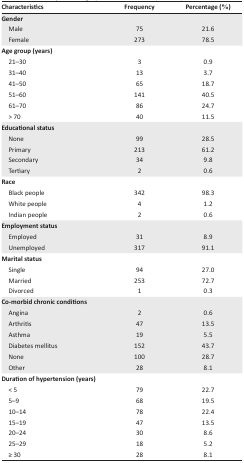
| Characteristics | Frequency | Percentage (%) |
 | --- | --- | --- |
 | <COLSPAN=3> Gender |
 | Male | 75 | 21.6 |
 | Female | 273 | 78.5 |
 | <COLSPAN=3> Age group (years) |
 | 21–30 | 3 | 0.9 |
 | 31–40 | 13 | 3.7 |
 | 41–50 | 65 | 18.7 |
 | 51–60 | 141 | 40.5 |
 | 61–70 | 86 | 24.7 |
 | > 70 | 40 | 11.5 |
 | <COLSPAN=3> Educational status |
 | None | 99 | 28.5 |
 | Primary | 213 | 61.2 |
 | Secondary | 34 | 9.8 |
 | Tertiary | 2 | 0.6 |
 | <COLSPAN=3> Race |
 | Black people | 342 | 98.3 |
 | White people | 4 | 1.2 |
 | Indian people | 2 | 0.6 |
 | <COLSPAN=3> Employment status |
 | Employed | 31 | 8.9 |
 | Unemployed | 317 | 91.1 |
 | <COLSPAN=3> Marital status |
 | Single | 94 | 27.0 |
 | Married | 253 | 72.7 |
 | Divorced | 1 | 0.3 |
 | <COLSPAN=3> Co-morbid chronic conditions |
 | Angina | 2 | 0.6 |
 | Arthritis | 47 | 13.5 |
 | Asthma | 19 | 5.5 |
 | Diabetes mellitus | 152 | 43.7 |
 | None | 100 | 28.7 |
 | Other | 28 | 8.1 |
 | <COLSPAN=3> Duration of hypertension (years) |
 | < 5 | 79 | 22.7 |
 | 5–9 | 68 | 19.5 |
 | 10–14 | 78 | 22.4 |
 | 15–19 | 47 | 13.5 |
 | 20–24 | 30 | 8.6 |
 | 25–29 | 18 | 5.2 |
 | ≥ 30 | 28 | 8.1 |